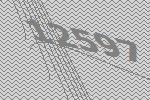
12597